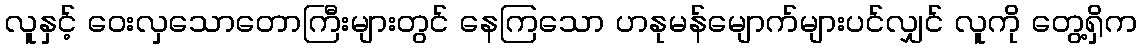
လူနှင့် ဝေးလှသောတောကြီးများတွင် နေကြသော ဟနုမန်မျောက်များပင်လျှင် လူကို တွေ့ရှိက